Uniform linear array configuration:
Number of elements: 4
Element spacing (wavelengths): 0.75
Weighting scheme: hamming
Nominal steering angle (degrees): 30
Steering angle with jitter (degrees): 29.316
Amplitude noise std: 0.05
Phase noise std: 0.05

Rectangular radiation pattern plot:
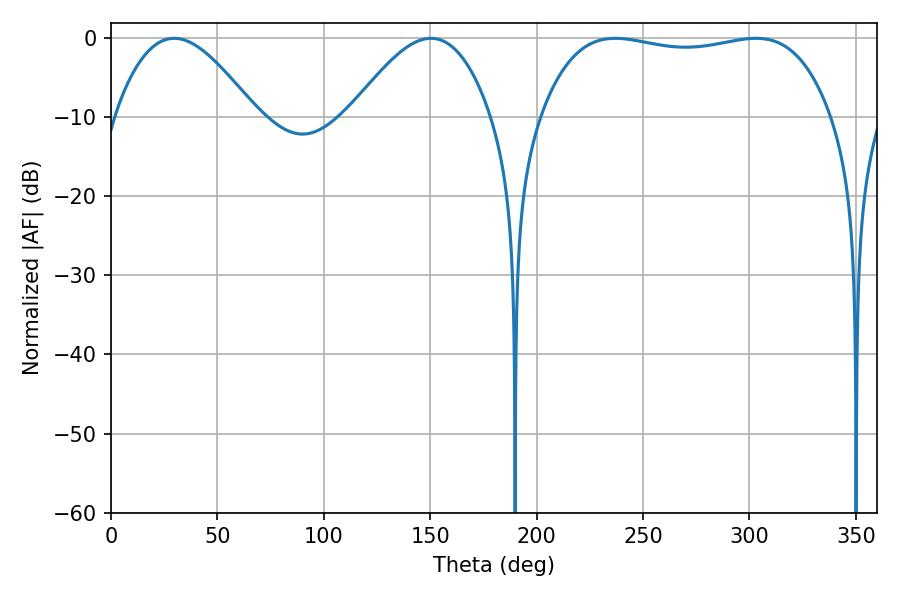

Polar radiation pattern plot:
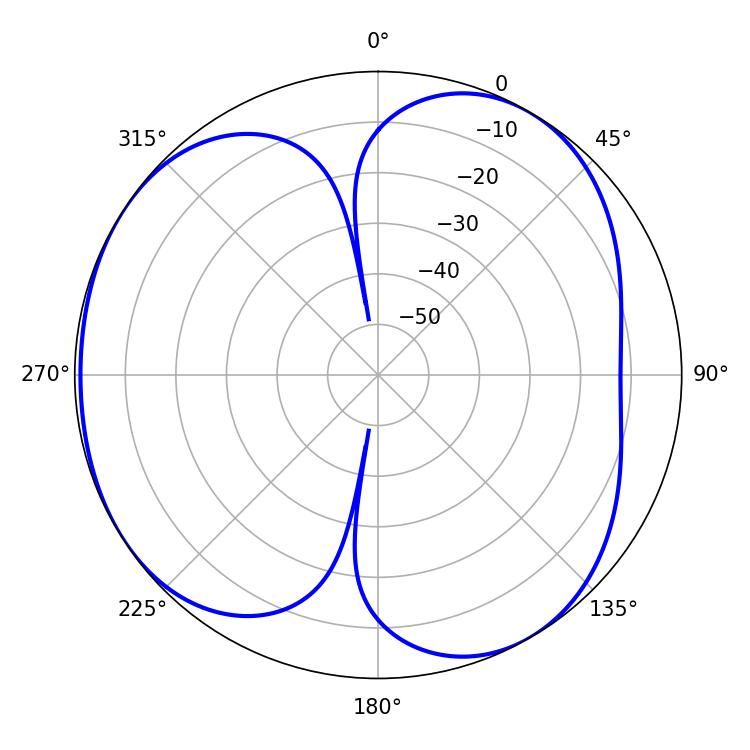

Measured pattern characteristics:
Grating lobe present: TRUE
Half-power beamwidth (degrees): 35.64
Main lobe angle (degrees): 29.7